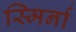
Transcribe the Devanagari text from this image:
स्मिर्ना